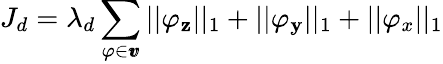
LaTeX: J_{d}=\lambda_{d}\sum_{\varphi\in\pmb{v}}||\varphi_{\mathbf{z}}||_{1}+||\varphi_{\mathbf{y}}||_{1}+||\varphi_{x}||_{1}